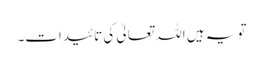
تو یہ ہیں اللہ تعالیٰ کی تائیدات۔